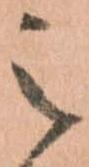
之